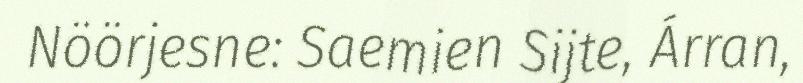
Nöörjesne: Saemien Sijte, Árran,